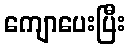
ကျောပေးပြီး